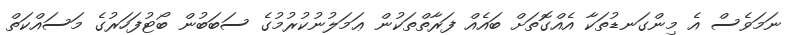
ނަމަވެސް އެ މިންގަނޑުތަކާ އެއްގޮތަށް ބައެއް ފަރާތްތަކުން ޢަމަލުނުކުރުމުގެ ސަބަބުން ބޯޓުފަހަރުގެ މަސައްކަތް